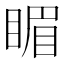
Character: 睸